Document type: Sale
Year: 1440
Scribe: Pere Pau Pujades
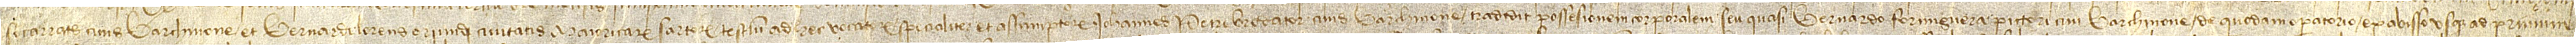
Socarrats, civis Barchinone, et Bernardi Lorens, oriundi civitatis Maioricarum, sartorum, testium ad hec vocatorum specialiter et assumptorum, Iohannes Petri, brodator, civis Barchinone, tradidit possesionem corporalem seu quasi Bernardo Formiguera, pictori, civi Barchinone, de quodam operatorio ex abisso usque ad primum